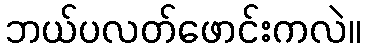
ဘယ်ပလတ်ဖောင်းကလဲ။